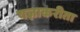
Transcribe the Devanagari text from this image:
यज्ञाकरीता